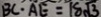
B C \cdot A E = 1 8 \sqrt { 3 }